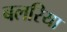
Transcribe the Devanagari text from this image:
बलरिया